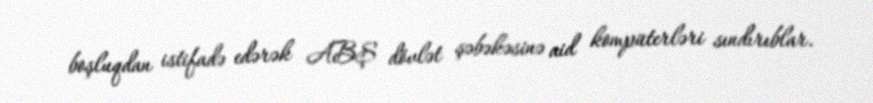
boşluqdan istifadə edərək ABŞ dövlət şəbəkəsinə aid kompüterləri sındırıblar.